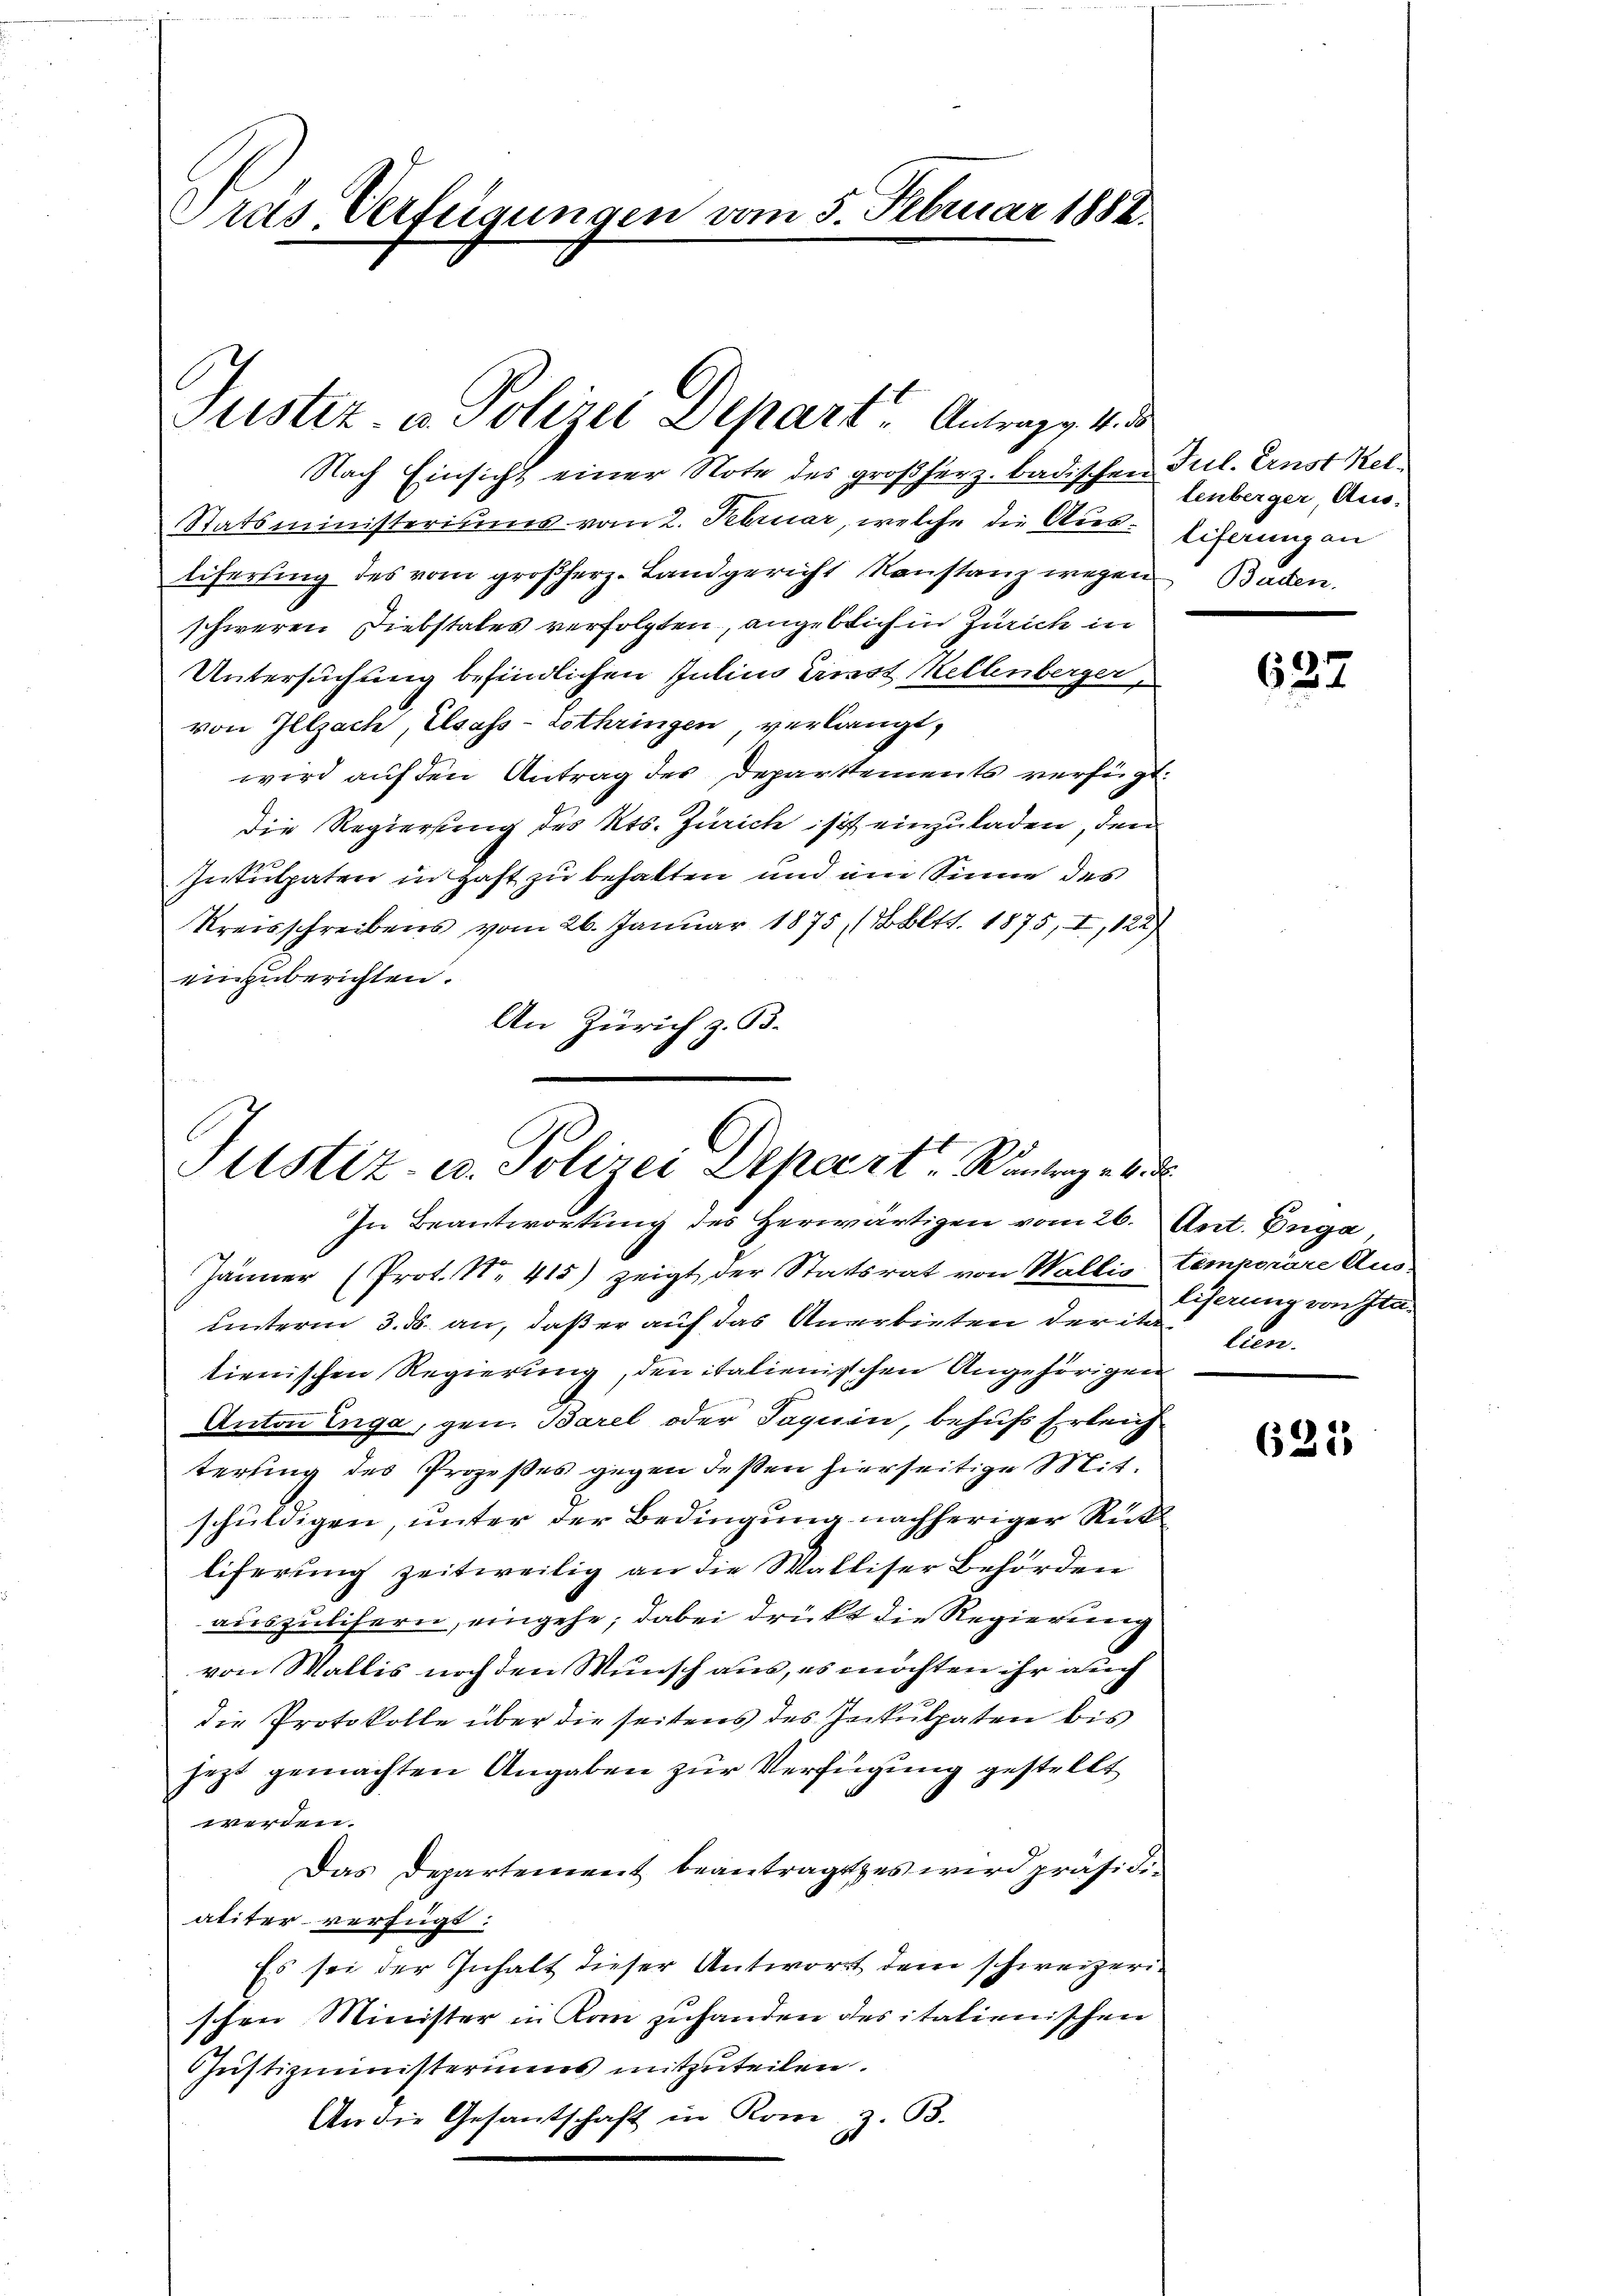
Dras Verfügungen vom 5. Februar 1888.

Justiz- u. Polizei Depart Antrag. 4. d

Nach Einsicht einer Note des großherz. badischen Jul. Ernst Kel¬
Statsministeriums vom 2. Februar, welche die Aus- Eiferung an
liferting des vom großherz- Landgericht Konstanz wegen Baden.
schweren Diebstales verfolgten, angeblich in Zürich in
Untersuchung befindlichen Julius Einst Kellenberger
von Illzach, Elsass-Lothringen, verlangt,
wird auf den Antrag des Departements verfügt:
Die Regierung des Kts. Zürich ist einzuladen, den
Inkulpaten in Hast zu behalten und am Sinne des
Kreisschreibens vom 26. Januar 1875 (bltt. 1875, I, 122)
einzuberichten.
An Zürich z. B.

Justiz- u. Polizei Depart Wintergebe
In Beantwortung des Herwärtigen vom 26. Ant. Euga,

tenberger, Aus¬

637

liserung von Italien.

Jänner (Prot. No. 415) zeigt der Statsrat von Wallis temporäre Ausunterm 3. ds. an, daß er auf das Anerbieten der ita
tienischen Regierung, den italienischen Angehörigen
Anton Enga, gen. Barel oder Taguin, behufs Erleich
terling des Prozeßes gegen deßen hierseitige Mitschuldigen, unter der Bedingung nachheriger Rükliferung zeitweilig an die Walliser Behörden
auszulisern, eingehe; dabei drückt die Regierung
von Wallis noch den Wunsch aus, es möchten ihr auch
die Protokolle über die seitens des Inkulpaten bis
jezt gemachten Angaben zur Verfügung gestellt
werden.
Das Departement beantragtes wird präsidialiter verfügt:
Es sei der Inhalt dieser Antwort dem schweizerischen Minister in Kam zuhanden des italienischen
Justizministeriums mitzuteilen.
An die Gesantschaft in Rom z. B.
C

625